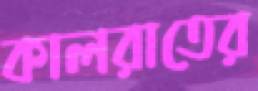
কালরাতের